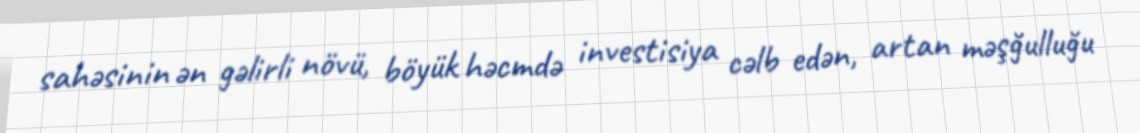
sahəsinin ən gəlirli növü, böyük həcmdə investisiya cəlb edən, artan məşğulluğu